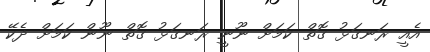
އެއީ ރަނގަޅު ގޮތް ކަމަށް ނޫނީ ރަނގަޅު ގޮތް ނޫން ކަމަށް ދެކޭ